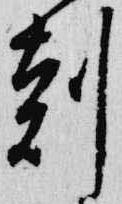
刻